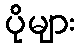
ပိုများ